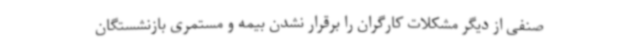
صنفی از دیگر مشکلات کارگران را برقرار نشدن بیمه و مستمری بازنشستگان